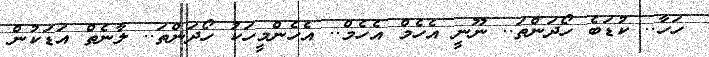
ހަހާ.. ކުޑަބެ ހޯދަންތަ.. ނޫނީ އެހެމް އެހެމް.. އެހެންމީހަކު ހޯދަންތަ.. ލާނެތް އަޑަކުން